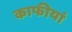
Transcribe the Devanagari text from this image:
काफीयां